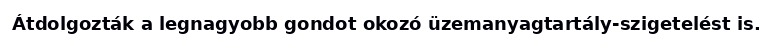
Átdolgozták a legnagyobb gondot okozó üzemanyagtartály-szigetelést is.